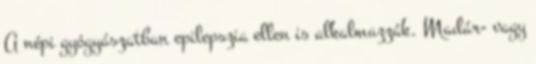
A népi gyógyászatban epilepszia ellen is alkalmazzák. Madár- vagy